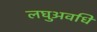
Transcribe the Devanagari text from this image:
लघुअवधि